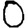
Digit: 0